Annual report of the Imperial Bacteriologist
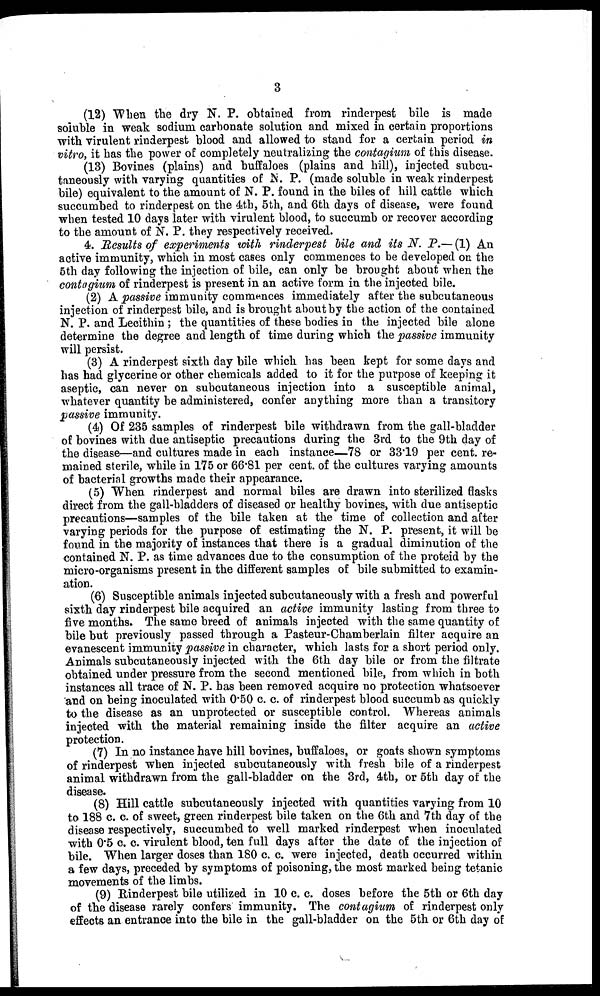
3
(12) When the dry N. P. obtained from rinderpest bile is made
soluble in weak sodium carbonate solution and mixed in certain proportions
with virulent rinderpest blood and allowed to stand for a certain period in
vitro, it has the power of completely neutralizing the contagium of this disease.
(13) Bovines (plains) and buffaloes (plains and hill), injected subcu¬
taneously with varying quantities of N. P. (made soluble in weak rinderpest
bile) equivalent to the amount of N. P. found in the biles of hill cattle which
succumbed to rinderpest on the 4th, 5th, and 6th days of disease, were found
when tested 10 days later with virulent blood, to succumb or recover according
to the amount of N. P. they respectively received.
4. Results of experiments with rinderpest bile and its N. P.— (1) An
active immunity, which in most cases only commences to be developed on the
5th day following the injection of bile, can only be brought about when the
contagium of rinderpest is present in an active form in the injected bile.
(2) A passive immunity commences immediately after the subcutaneous
injection of rinderpest bile, and is brought about by the action of the contained
N. P. and Lecithin ; the quantities of these bodies in the injected bile alone
determine the degree and length of time during which the passive immunity
will persist.
(3) A rinderpest sixth day bile which has been kept for some days and
has had glycerine or other chemicals added to it for the purpose of keeping it
aseptic, can never on subcutaneous injection into a susceptible animal,
whatever quantity be administered, confer anything more than a transitory
passive immunity.
(4) Of 235 samples of rinderpest bile withdrawn from the gall-bladder
of bovines with due antiseptic precautions during the 3rd to the 9th day of
the disease—and cultures made in each instance—78 or 33.19 per cent. re-
mained sterile, while in 175 or 66.81 per cent. of the cultures varying amounts
of bacterial growths made their appearance.
(5) When rinderpest and normal biles are drawn into sterilized flasks
direct from the gall-bladders of diseased or healthy bovines, with due antiseptic
precautions—samples of the bile taken at the time of collection and after
varying periods for the purpose of estimating the N. P. present, it will be
found in the majority of instances that there is a gradual diminution of the
contained N. P. as time advances due to the consumption of the proteid by the
micro-organisms present in the different samples of bile submitted to examin-
ation.
(6) Susceptible animals injected subcutaneously with a fresh and powerful
sixth day rinderpest bile acquired an active immunity lasting from three to
five months. The same breed of animals injected with the same quantity of
bile but previously passed through a Pasteur-Chamberlain filter acquire an
evanescent immunity passive in character, which lasts for a short period only.
Animals subcutaneously injected with the 6th day bile or from the filtrate
obtained under pressure from the second mentioned bile, from which in both
instances all trace of N. P. has been removed acquire no protection whatsoever
and on being inoculated with 0.50 c. c. of rinderpest blood succumb as quickly
to the disease as an unprotected or susceptible control. Whereas animals
injected with the material remaining inside the filter acquire an active
protection.
(7) In no instance have hill bovines, buffaloes, or goats shown symptoms
of rinderpest when injected subcutaneously with fresh bile of a rinderpest
animal withdrawn from the gall-bladder on the 3rd, 4th, or 5th day of the
disease.
(8) Hill cattle subcutaneously injected with quantities varying from 10
to 188 c. c. of sweet, green rinderpest bile taken on the 6th and 7th day of the
disease respectively, succumbed to well marked rinderpest when inoculated
with 0.5 c. c. virulent blood, ten full days after the date of the injection of
bile. When larger doses than 180 c.c. were injected, death occurred within
a few days, preceded by symptoms of poisoning, the most marked being tetanic
movements of the limbs.
(9) Rinderpest bile utilized in 10 c. c. doses before the 5th or 6th day
of the disease rarely confers immunity. The contagium of rinderpest only
effects an entrance into the bile in the gall-bladder on the 5th or 6th day of